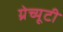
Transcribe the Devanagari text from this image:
ग्रेच्यूटी